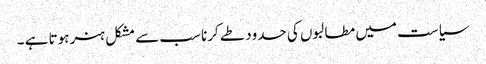
سیاست میں مطالبوں کی حدود طے کرنا سب سے مشکل ہنر ہوتا ہے ۔